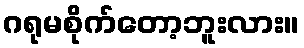
ဂရုမစိုက်တော့ဘူးလား။